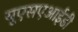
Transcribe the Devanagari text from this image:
यूएसएआईडी